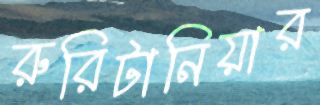
রুরিটানিয়ার